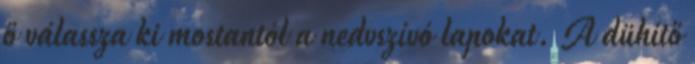
ő válassza ki mostantól a nedvszívó lapokat. A dühítő